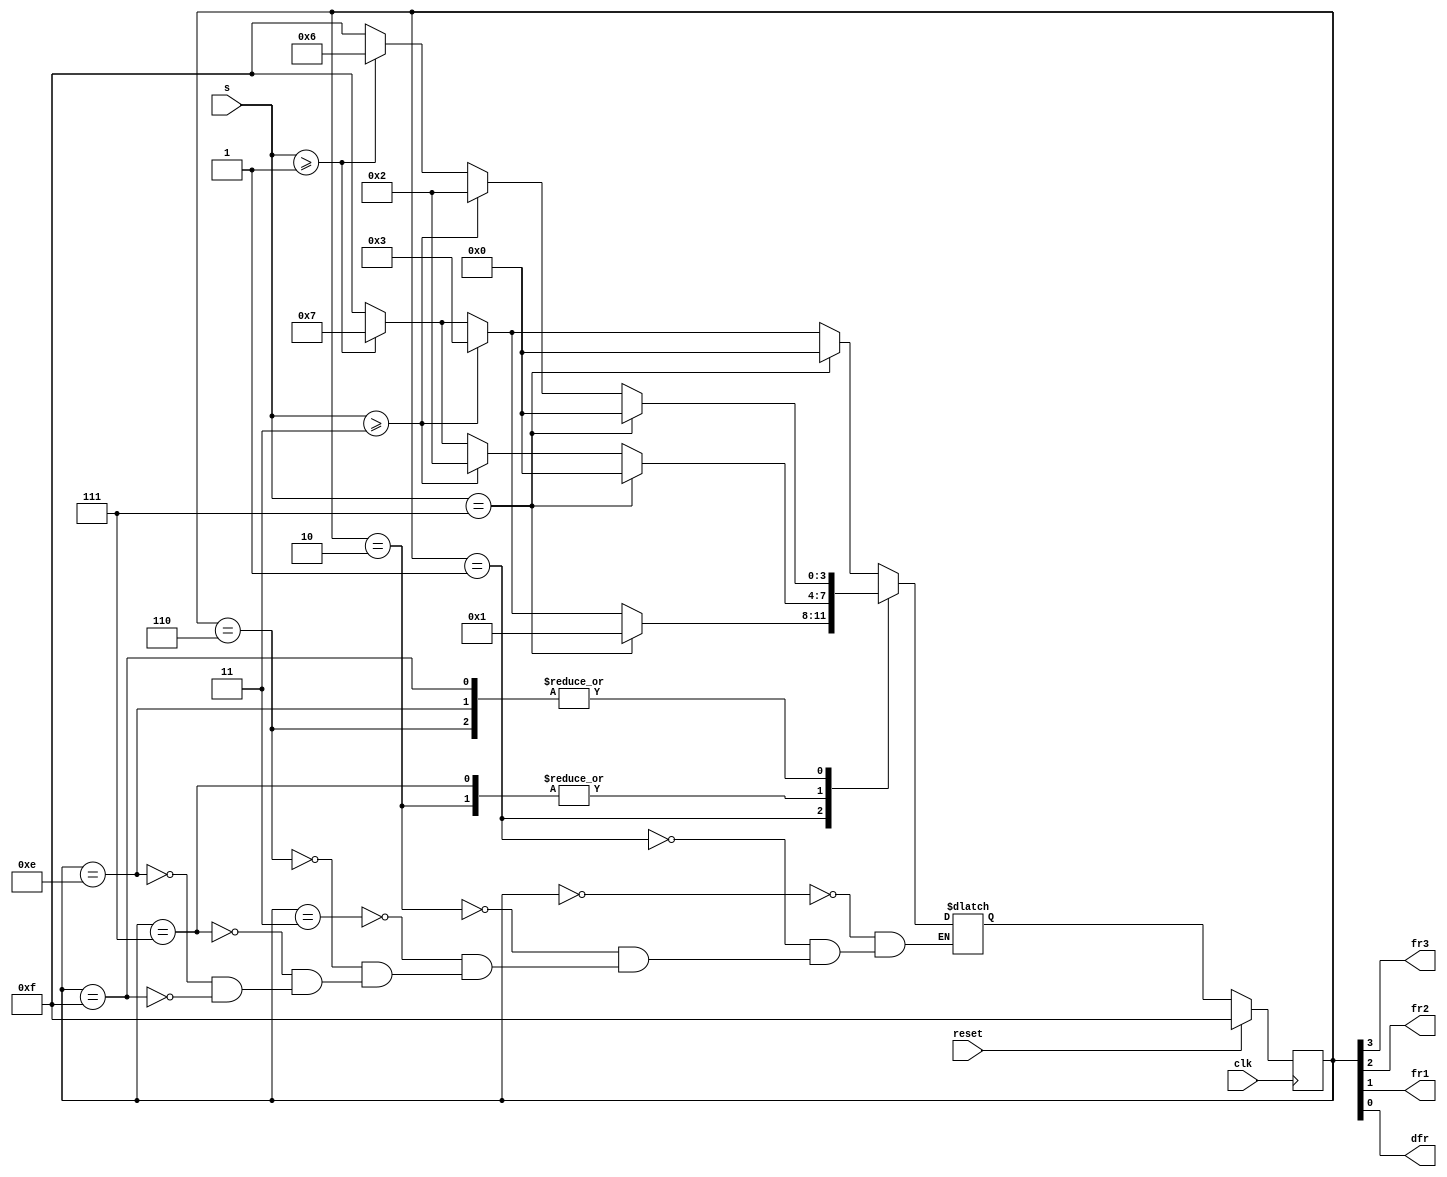
//
//5-inch intervals
//water S3flowrate = 0

module top_module (
    input clk,
    input reset,
    input [3:1] s,
    output fr3,
    output fr2,
    output fr1,
    output dfr
); 
    
    parameter	S0	=	4'b0000;
    parameter	S1	=	4'b0001;
    parameter	S2	=	4'b0010;
    parameter	S3	=	4'b0011;
    parameter	S4	=	4'b0110;
    parameter	S5	=	4'b0111;
    parameter	S6	=	4'b1110;
    parameter	S7	=	4'b1111;
    
    reg	[3:0]	state,next_state;
    
    always@(*)begin
        case(state)
            S0:next_state<=	(s==7)?S0:(s>=3)?S3:(s>=1)?S5:S7;
            S1:next_state<= (s==7)?S1:(s>=3)?S3:(s>=1)?S5:S7;
            S2:next_state<= (s==7)?S0:(s>=3)?S2:(s>=1)?S5:S7;
            S3:next_state<= (s==7)?S0:(s>=3)?S3:(s>=1)?S5:S7;
            S4:next_state<= (s==7)?S0:(s>=3)?S2:(s>=1)?S4:S7;
            S5:next_state<= (s==7)?S0:(s>=3)?S2:(s>=1)?S5:S7;
            S6:next_state<= (s==7)?S0:(s>=3)?S2:(s>=1)?S4:S7;
            S7:next_state<= (s==7)?S0:(s>=3)?S2:(s>=1)?S4:S7;
        endcase
    end
    
    always@(posedge clk)begin
        if(reset)begin
            state	<=	S7;
        end
        else begin
            state	<=	next_state;
        end
    end
    
    assign	{fr3,fr2,fr1,dfr}	=	state;

endmodule